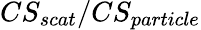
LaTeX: CS_{scat}/CS_{particle}